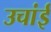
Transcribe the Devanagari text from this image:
उचांई